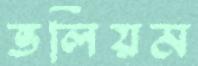
ভলিয়ম